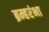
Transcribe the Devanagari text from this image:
ब्रम्हरंभा